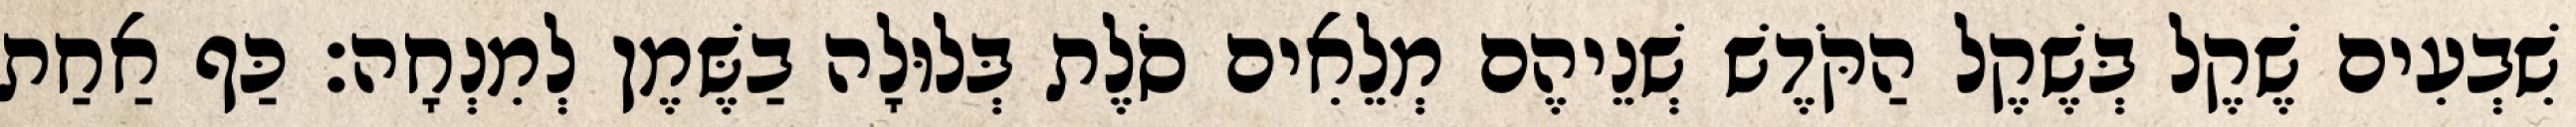
שִׁבְעִים שֶׁקֶל בְּשֶׁקֶל הַקֹּדֶשׁ שְׁנֵיהֶם מְלֵאִים סֹלֶת בְּלוּלָה בַשֶּׁמֶן לְמִנְחָה׃ כַּף אַחַת